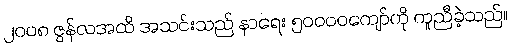
၂၀၀၈ ဇွန်လအထိ အသင်းသည် နာရေး ၅၀၀၀၀ကျော်ကို ကူညီခဲ့သည်။